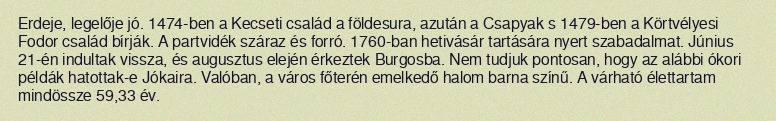
Erdeje, legelője jó. 1474-ben a Kecseti család a földesura, azután a Csapyak s 1479-ben a Körtvélyesi Fodor család bírják. A partvidék száraz és forró. 1760-ban hetivásár tartására nyert szabadalmat. Június 21-én indultak vissza, és augusztus elején érkeztek Burgosba. Nem tudjuk pontosan, hogy az alábbi ókori példák hatottak-e Jókaira. Valóban, a város főterén emelkedő halom barna színű. A várható élettartam mindössze 59,33 év.